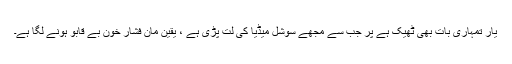
یار تمہاری بات بھی ٹھیک ہے پر جب سے مجھے سوشل میڈیا کی لت پڑی ہے ، یقین مان فشار خون بے قابو ہونے لگا ہے۔